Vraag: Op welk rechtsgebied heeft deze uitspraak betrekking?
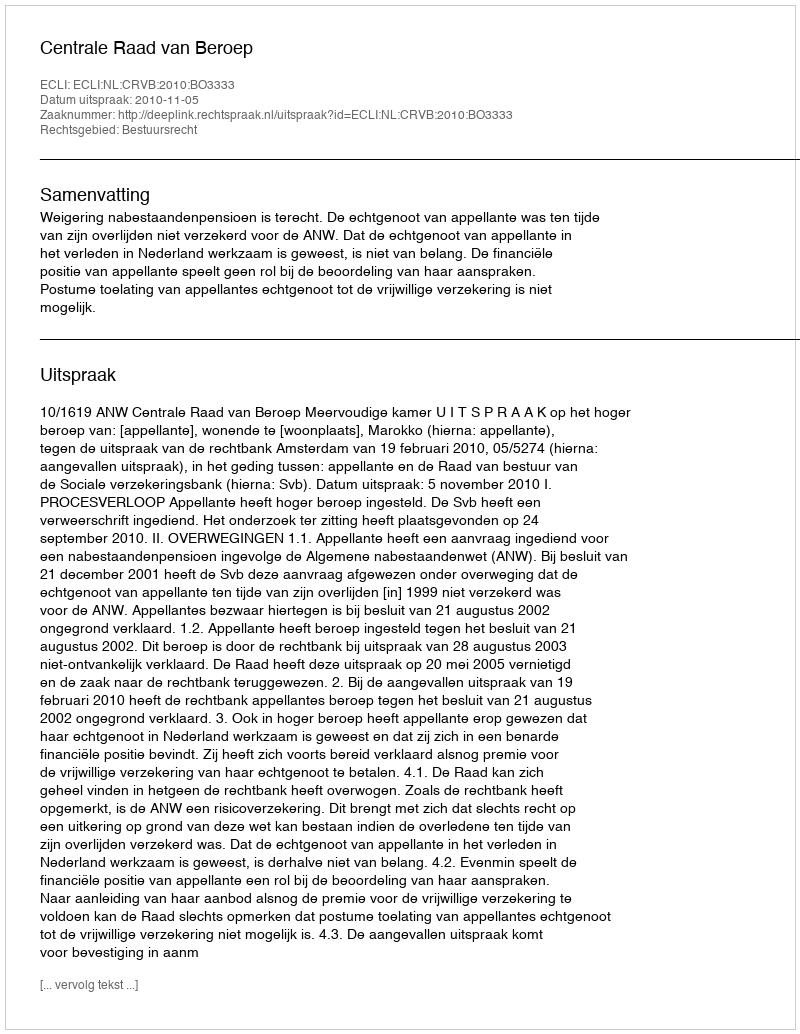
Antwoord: Bestuursrecht